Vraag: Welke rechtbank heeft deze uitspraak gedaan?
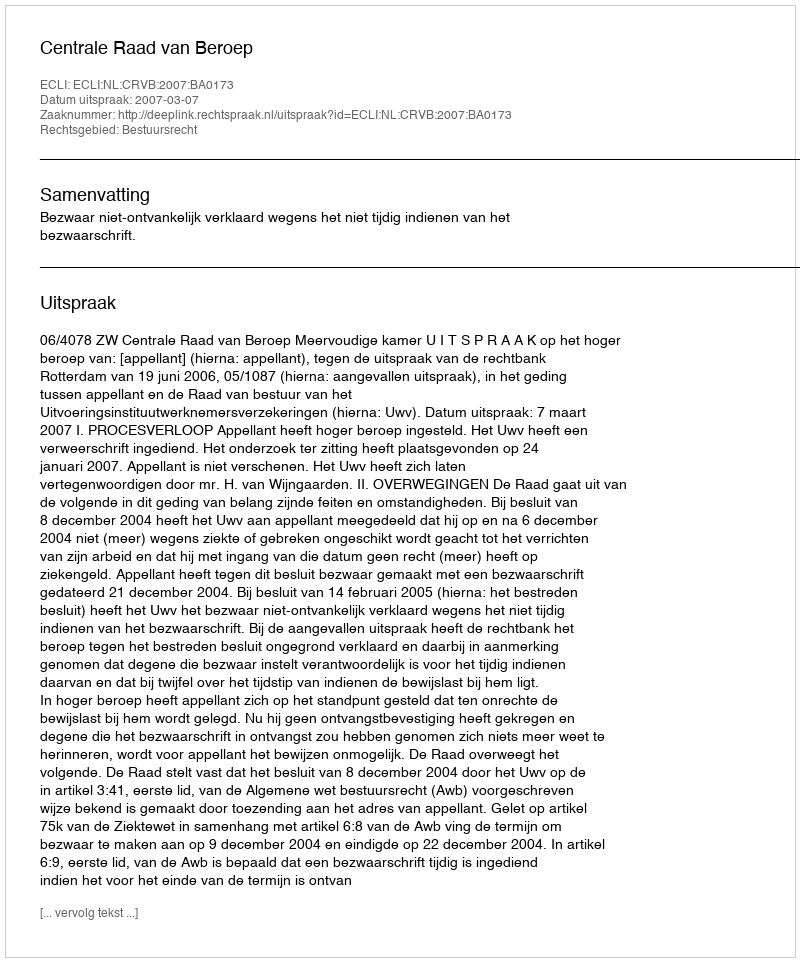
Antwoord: Centrale Raad van Beroep